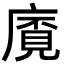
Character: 𢊡